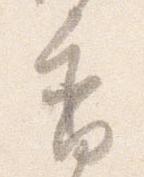
香